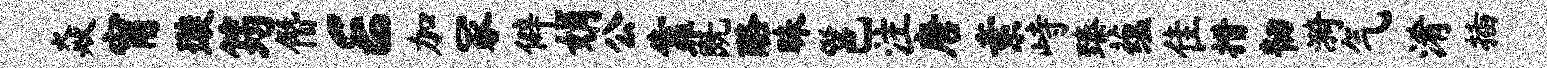
焱甯璇筠僭E加冢僻娟公靠既酪昧邕注唐素峙臻蕴隹措韧漪气淆插